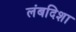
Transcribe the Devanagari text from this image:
लंबदिशा